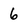
Character: 6